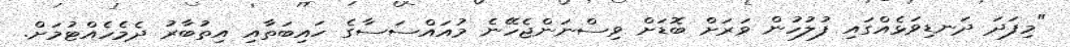
"މިފަދަ ދަނޑިވަޅެއްގައި ފުލުހުން ވަރަށް ބޮޑަށް ވިސްނަންޖެހޭނެ މުއައްސަސާގެ ހައިބަތާއި އިތުބާރު ދެމެހެއްޓުމަށް.